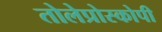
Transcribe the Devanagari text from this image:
तोलेप्रोस्कोपी